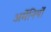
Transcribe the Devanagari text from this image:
अर्मेनियों